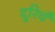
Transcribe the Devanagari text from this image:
दुरियँ